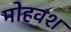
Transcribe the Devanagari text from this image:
मोहवश